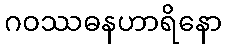
ဂဝဿဓနဟာရိနော